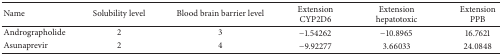
<table><thead><tr><td><b>Name</b></td><td><b>Solubility level</b></td><td><b>Blood brain barrier level</b></td><td><b>ExtensionCYP2D6</b></td><td><b>Extensionhepatotoxic</b></td><td><b>ExtensionPPB</b></td></tr></thead><tbody><tr><td>Andrographolide</td><td>2</td><td>3</td><td>−1.54262</td><td>−10.8965</td><td>16.7621</td></tr><tr><td>Asunaprevir</td><td>2</td><td>4</td><td>−9.92277</td><td>3.66033</td><td>24.0848</td></tr></tbody></table>